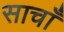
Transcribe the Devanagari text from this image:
साचाँ